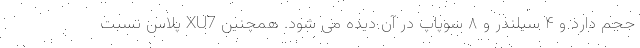
حجم دارد و ۴ سیلندر و ۸ سوپاپ در آن دیده می شود. همچنین XU7 پلاس نسبت